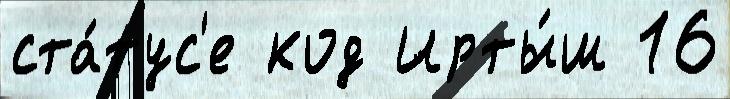
ста́тус'е код Ирты́ш 16